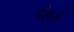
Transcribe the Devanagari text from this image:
देहते